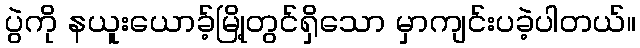
ပွဲကို နယူးယောခ့်မြို့တွင်ရှိသော မှာကျင်းပခဲ့ပါတယ်။